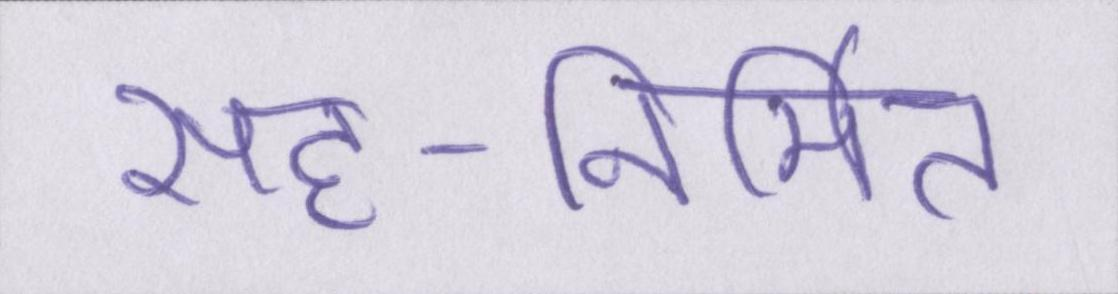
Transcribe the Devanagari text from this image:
सह-निर्मित